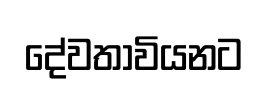
දේවතාවියනට